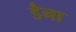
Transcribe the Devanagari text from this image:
डैना